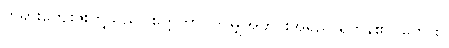
ဘုရားကျေးဇူးတို့သည်။ ဧတ္တကာ၊ ဤမျှအတိုင်းအရှည် ရှိကုန်၏။ တေ စ၊